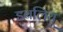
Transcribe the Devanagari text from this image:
डबलियू